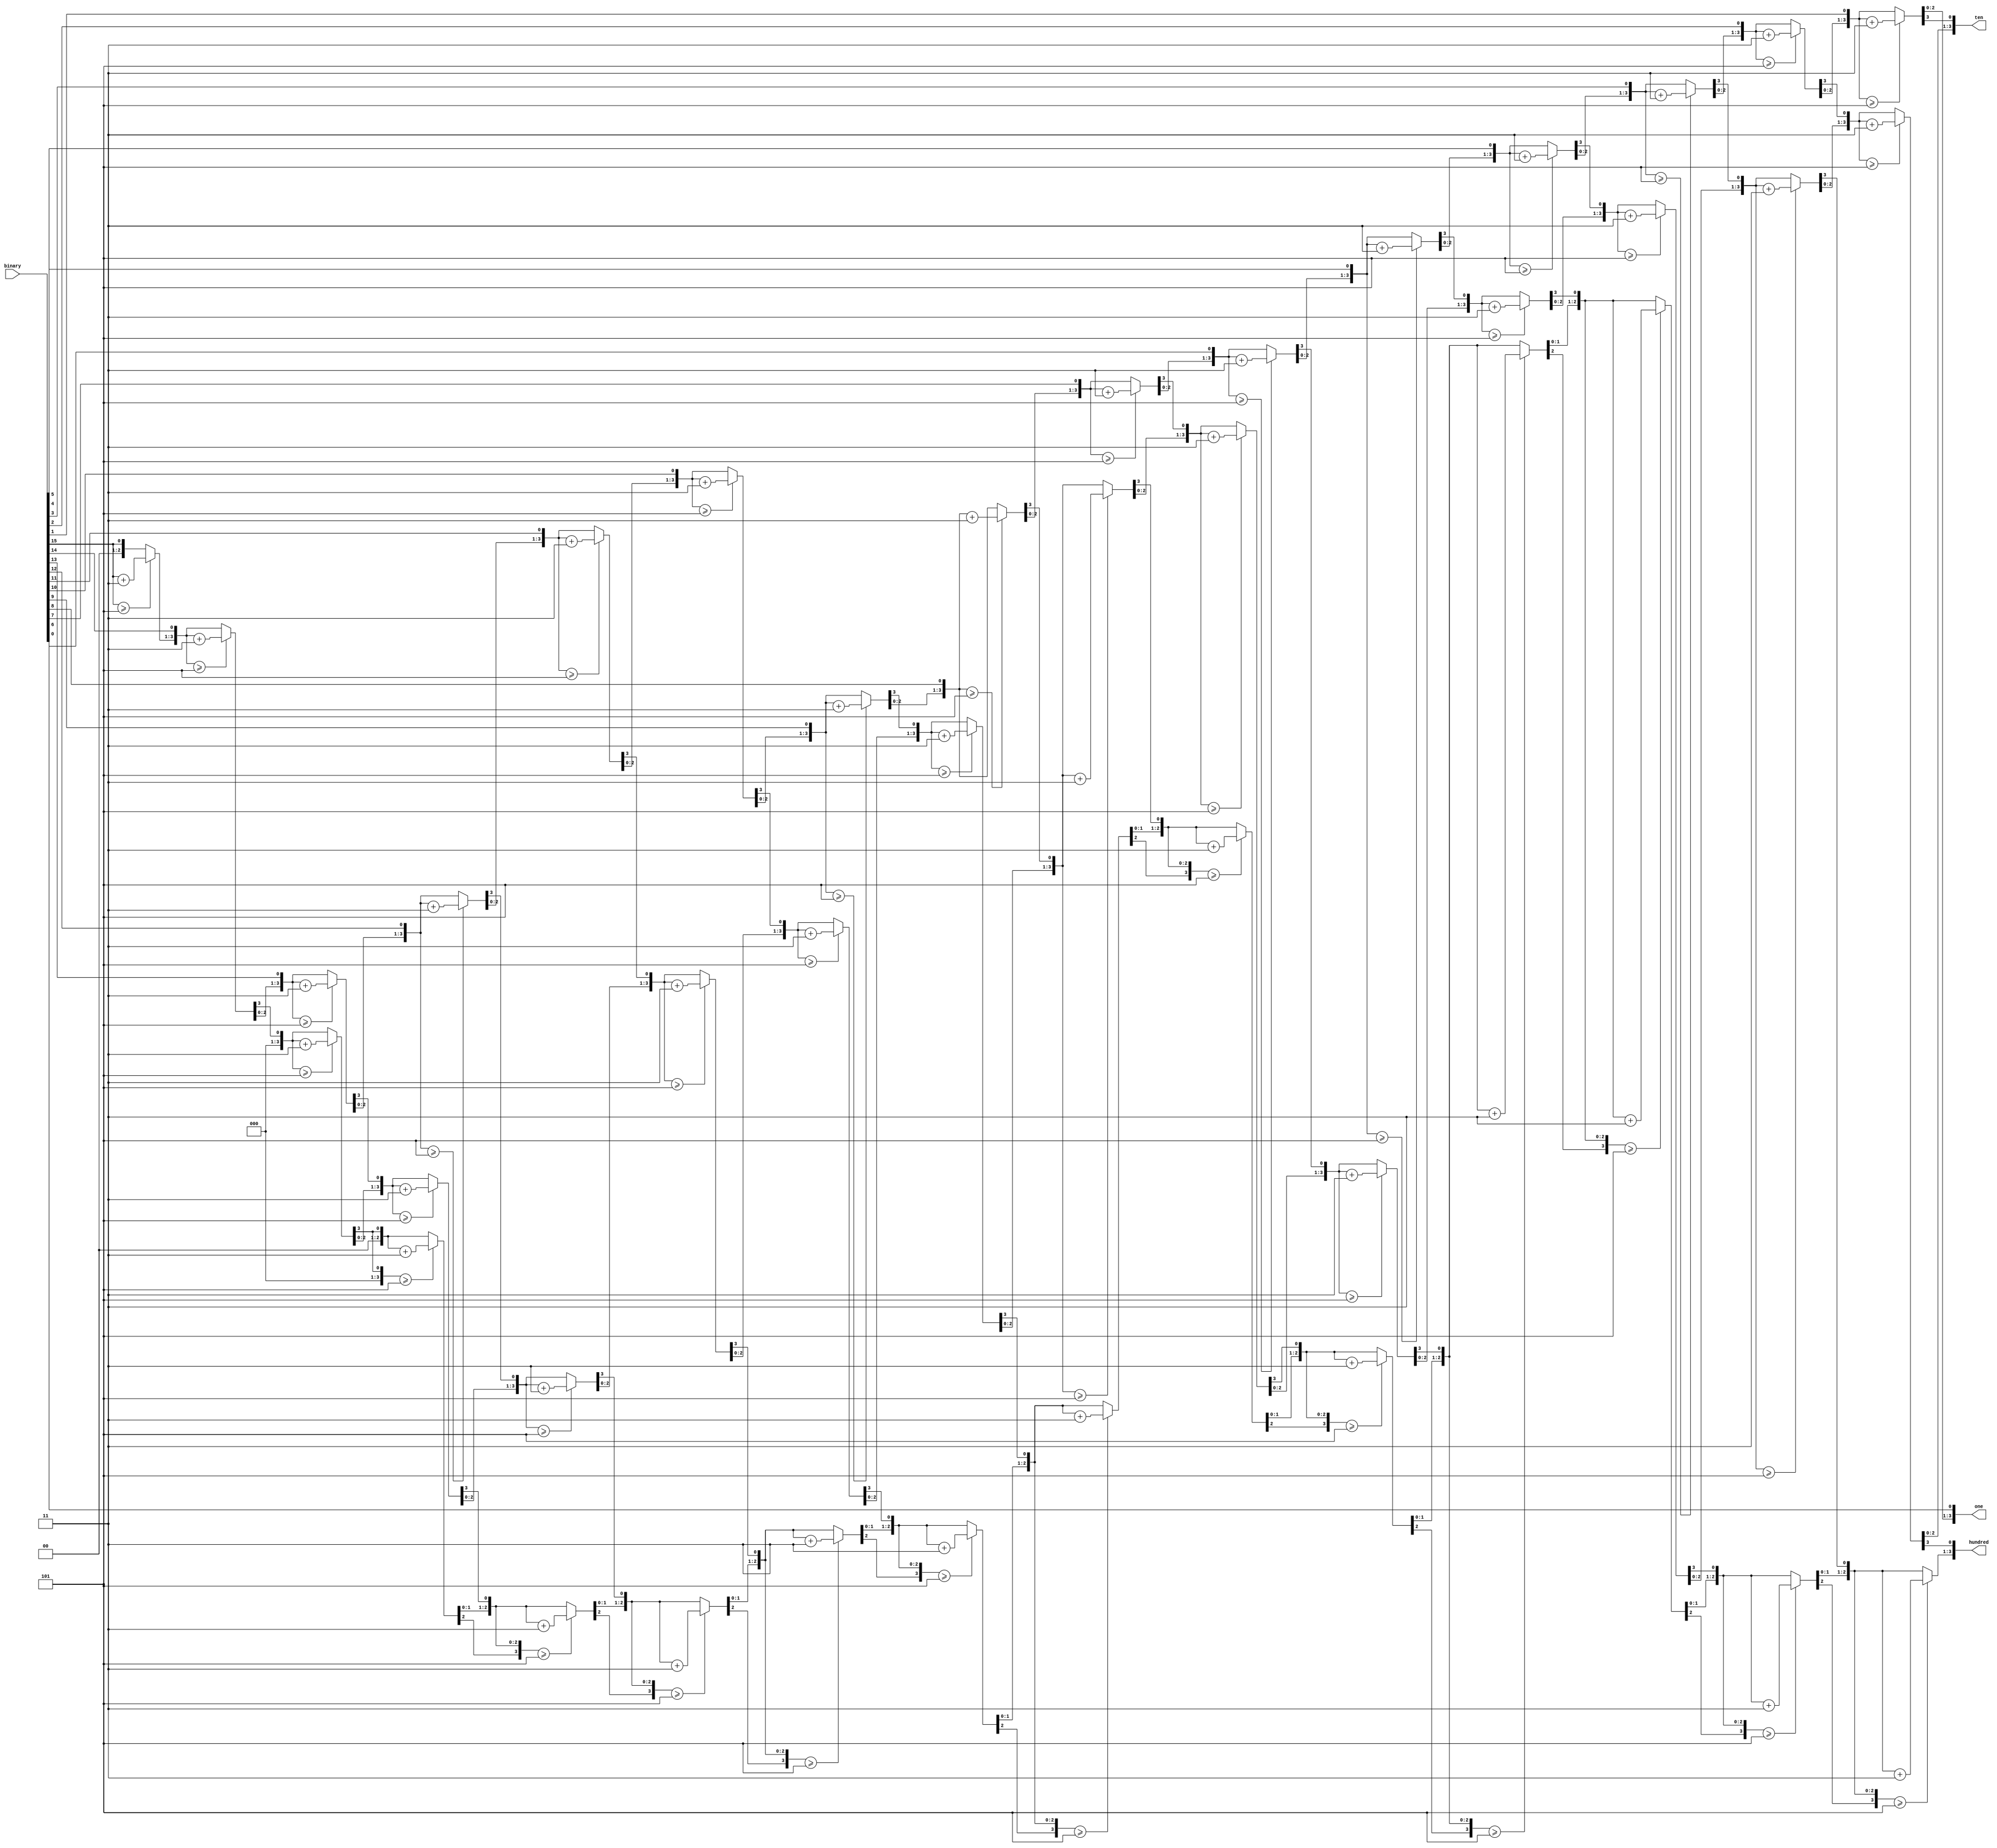
`timescale 1ns / 1ps
//////////////////////////////////////////////////////////////////////////////////
// Company: 
// Engineer: 
// 
// Design Name: 
// Module Name:    bcd 
// Project Name: 
// Target Devices: 
// Tool versions: 
// Description: 
//
// Dependencies: 
//
// Revision: 
// Revision 0.01 - File Created
// Additional Comments: 
//
//////////////////////////////////////////////////////////////////////////////////
module bcd( 
	input [15:0] binary,
	output reg [3:0] one,
	output reg [3:0] ten,
	output reg [3:0] hundred
	);

	integer i;


	always@(binary)
	begin

		hundred=4'd0;
		ten=4'd0;
		one=4'd0;
	
		for (i=15; i>=0; i=i-1)
		begin
			if (hundred >=5)
				hundred = hundred + 3;
			if (ten >=5)
				ten = ten +3;
			if (one >=5)
				one = one + 3;
		
			hundred = hundred << 1;
			hundred[0] = ten[3];
			ten = ten << 1;
			ten[0] = one[3];
			one = one << 1;
			one[0] = binary[i];
		
		end
	end
	
	
endmodule